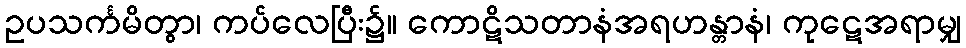
ဥပသင်္ကမိတွာ၊ ကပ်လေပြီး၌။ ကောဋိသတာနံအရဟန္တာနံ၊ ကုဋေအရာမျှ